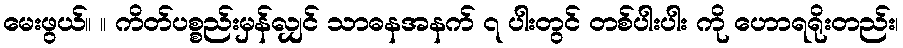
မေးဖွယ်။ ။ ကိတ်ပစ္စည်းမှန်လျှင် သာဓနအနက် ၇ ပါးတွင် တစ်ပါးပါး ကို ဟောရရိုးတည်း၊